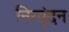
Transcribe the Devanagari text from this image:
नित्युंदन